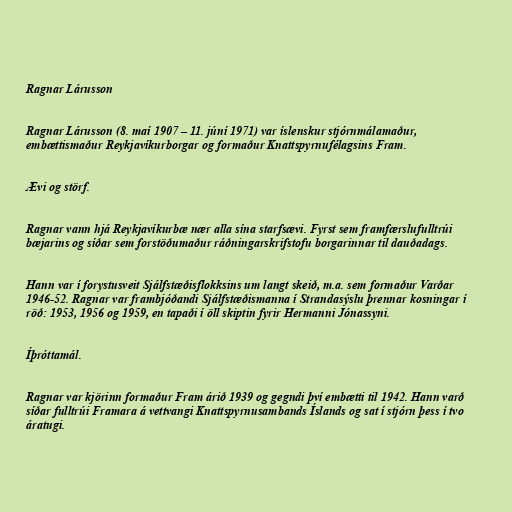
Ragnar Lárusson

Ragnar Lárusson (8. maí 1907 – 11. júní 1971) var íslenskur stjórnmálamaður,
embættismaður Reykjavíkurborgar og formaður Knattspyrnufélagsins Fram.

Ævi og störf.

Ragnar vann hjá Reykjavíkurbæ nær alla sína starfsævi. Fyrst sem framfærslufulltrúi
bæjarins og síðar sem forstöðumaður ráðningarskrifstofu borgarinnar til dauðadags.

Hann var í forystusveit Sjálfstæðisflokksins um langt skeið, m.a. sem formaður Varðar
1946-52. Ragnar var frambjóðandi Sjálfstæðismanna í Strandasýslu þrennar kosningar í
röð: 1953, 1956 og 1959, en tapaði í öll skiptin fyrir Hermanni Jónassyni.

Íþróttamál.

Ragnar var kjörinn formaður Fram árið 1939 og gegndi því embætti til 1942. Hann varð
síðar fulltrúi Framara á vettvangi Knattspyrnusambands Íslands og sat í stjórn þess í tvo
áratugi.